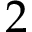
2